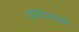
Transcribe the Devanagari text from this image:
प्रायोजनाएँ